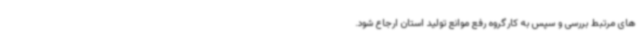
های مرتبط بررسی و سپس به کارگروه رفع موانع تولید استان ارجاع شود.